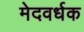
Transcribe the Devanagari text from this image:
मेदवर्धक